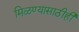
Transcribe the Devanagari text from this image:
मिळण्यासाठीही